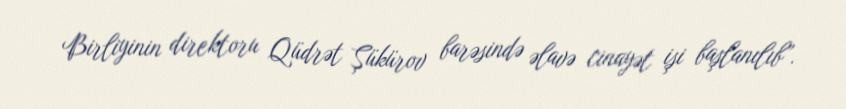
Birliyinin direktoru Qüdrət Şükürov barəsində əlavə cinayət işi başlanılıb”.